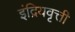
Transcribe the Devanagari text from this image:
इंद्रियवृत्ती